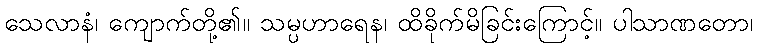
သေလာနံ၊ ကျောက်တို့၏။ သမ္ပဟာရေန၊ ထိခိုက်မိခြင်းကြောင့်။ ပါသာဏတော၊